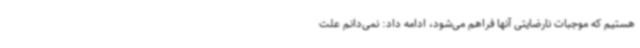
هستیم که موجبات نارضایتی آنها فراهم می‌شود، ادامه داد: نمی‌دانم علت